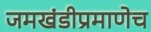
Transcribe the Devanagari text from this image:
जमखंडीप्रमाणेच